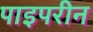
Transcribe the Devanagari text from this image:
पाइपरीन